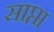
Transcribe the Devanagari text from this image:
साप्ता